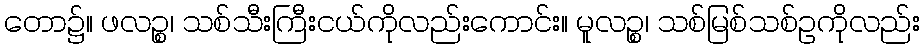
တော၌။ ဖလဉ္စ၊ သစ်သီးကြီးငယ်ကိုလည်းကောင်း။ မူလဉ္စ၊ သစ်မြစ်သစ်ဥကိုလည်း